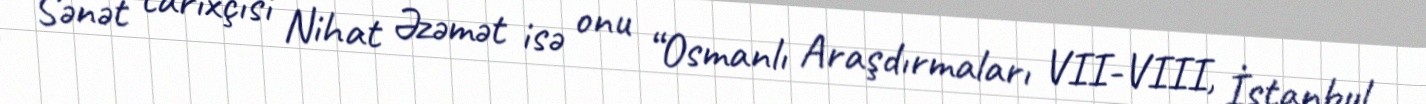
Sənət tarixçisi Nihat Əzəmət isə onu “Osmanlı Araşdırmaları VII-VIII, İstanbul